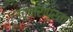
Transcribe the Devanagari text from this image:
उच्चारापुरता